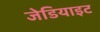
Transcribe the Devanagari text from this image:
जेडियाइट